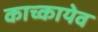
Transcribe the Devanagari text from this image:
काच्कायेव